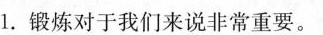
1.锻炼对于我们来说非常重要.